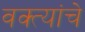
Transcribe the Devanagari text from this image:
वक्त्यांचे